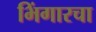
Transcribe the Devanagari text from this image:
भिंगारचा